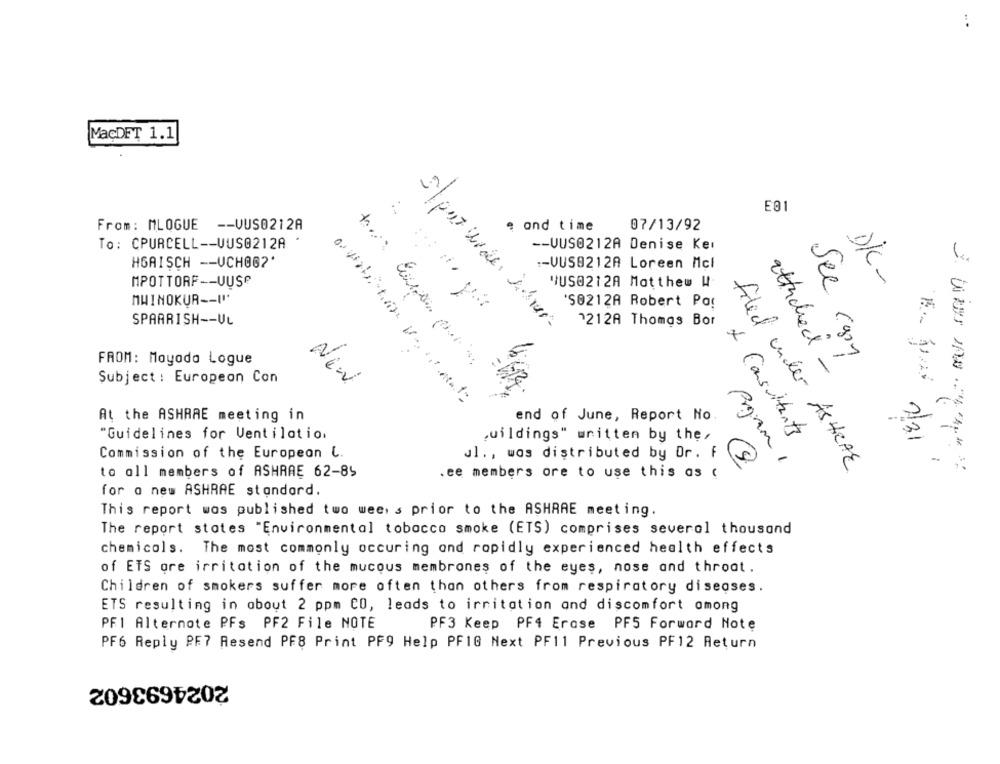
MacDET 1.1
E01
From: MLOGUE -- VUS0212A
, and time
07/13/92
To: CPURCELL -- UUS0212A
-- UUS0212A Denise Ker
HGAISCH -- UCHO62'
-- UUS9212A Loreen Mcl
MPOTTORF -- UUSe
YUS0212A Motthew W.
DK-
MWINOKUR -- 1⑈
'S0212A Robert Po!
SPARRISH -- UL
1212A Thomas Bor
See car
FROM: Mayada Logue
attached -
Subject : European Con
New
At the ASHARE meeting in
end of June, Report No.
"Guidelines for Ventilation
,uildings" written by the,
+ Consultants
2/31
Commission of the European L.
ul ., was distributed by Dr. F
-
Program 1
to all members of ASHRAE 62-89
. ee members ore to use this as (
filed under ASHRAE
for a new ASHRAE standard.
This report wos published two wee's prior to the ASHRAE meeting.
The report states "Environmental tobacco smoke (ETS) comprises several thousand
chemicals. The most commonly occuring ond rapidly experienced health effects
of ETS ore irritation of the mucous membranes of the eyes, nose and throat.
Children of smokers suffer more often than others from respiratory diseases.
ETS resulting in about 2 ppm CO, leads to irritation and discomfort among
PFI Alternote PFs PF2 File NOTE
PF3 Keep PF4 Erose PFS Forward Note
PF6 Reply PF7 Resend PF8 Print PF9 Help PF1G Next PF11 Previous PF12 Return
2024693602